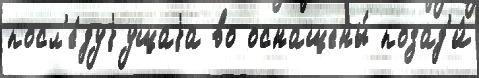
посл'е́дуjущаjа во оснащены́ позад'и́